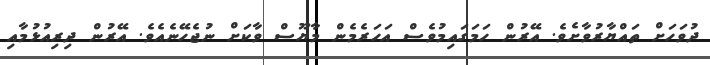
ދުވަހަށް ތައްޔާރުވާށެވެ. އޭރުން ހަމަގައިމުވެސް އަހަރެމެން މާޔޫސް ވާކަށް ނުޖެހޭނެއެވެ. އޭރުން ދިރިއުޅުމާއި